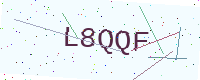
Text: L8QQF